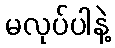
မလုပ်ပါနဲ့